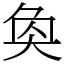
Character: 奐